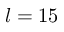
l = 1 5